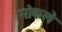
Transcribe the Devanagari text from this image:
मोकले